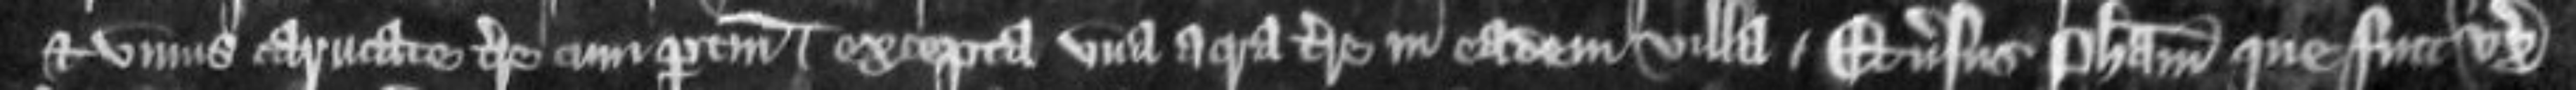
unius carucate terre cum pertinenciis excepta una acra terre in eadem villa et versus Phillipam que fuit uxor